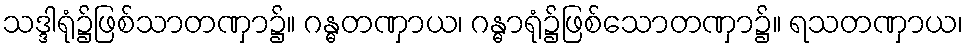
သဒ္ဒါရုံ၌ဖြစ်သာတဏှာ၌။ ဂန္ဓတဏှာယ၊ ဂန္ဓာရုံ၌ဖြစ်သောတဏှာ၌။ ရသတဏှာယ၊